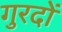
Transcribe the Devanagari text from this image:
गुरदों